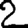
Digit: 2